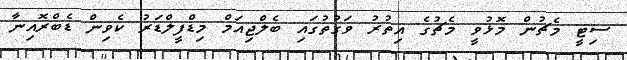
ސިޓީ މެޗުން މޮޅުވީ މެޗުގެ އިތުރު ވަގުތުގައި ބެލްޖިއަމް މިޑްފީލްޑަރު ކެވިން ޑެބްރޮއިނާ